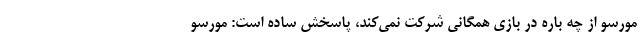
مورسو از چه باره در بازی همگانی شرکت نمی‌کند، پاسخش ساده است: مورسو